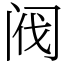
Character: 阀